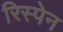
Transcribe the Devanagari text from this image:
रिस्पेन